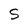
Character: S